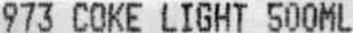
973 COKE LIGHT 500ML